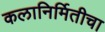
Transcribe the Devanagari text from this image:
कलानिर्मितीचा